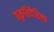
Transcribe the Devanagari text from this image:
प्रकृतिवैशिष्ट्य